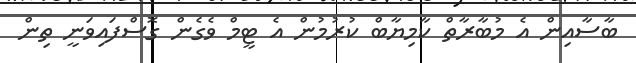
ބާސާއިން އެ މުބާރާތް ކާމިޔާބް ކުރުމުން އެ ޓީމް ވެގެން ގޮސްފައިވަނީ ތިން